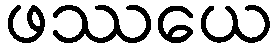
ဖဿယေ